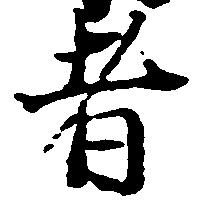
者